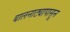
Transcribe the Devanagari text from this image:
बालनाट्यापासून